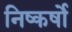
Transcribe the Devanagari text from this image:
निष्कर्षो